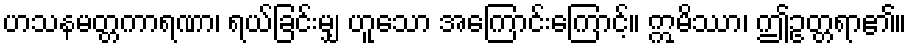
ဟသနမတ္တကာရဏာ၊ ရယ်ခြင်းမျှ ဟူသော အကြောင်းကြောင့်။ ဣမိဿာ၊ ဤဥတ္တရာ၏။